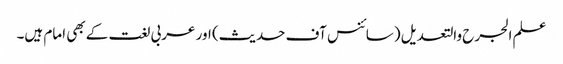
علم الجرح والتعدیل (سائنس آف حدیث) اور عربی لغت کے بھی امام ہیں۔